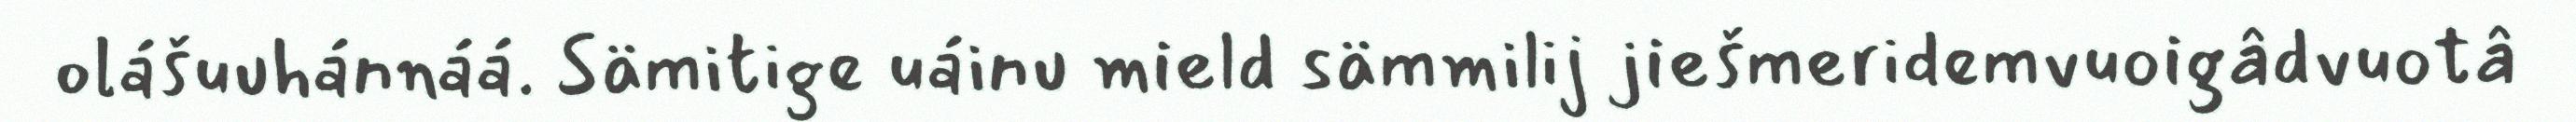
olášuuhánnáá. Sämitige uáinu mield sämmilij jiešmeridemvuoigâdvuotâ